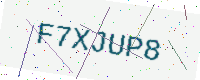
Text: F7XJUP8